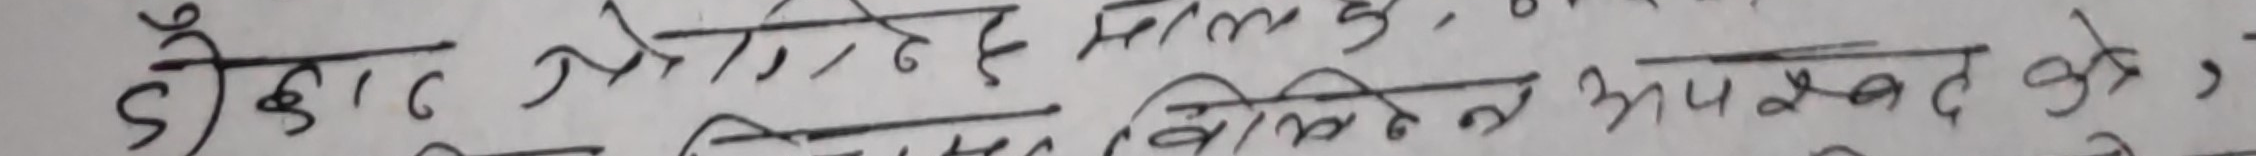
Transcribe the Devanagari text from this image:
5) कोकाट प्रोटीन मिल के
लिखित आवश्यक को,